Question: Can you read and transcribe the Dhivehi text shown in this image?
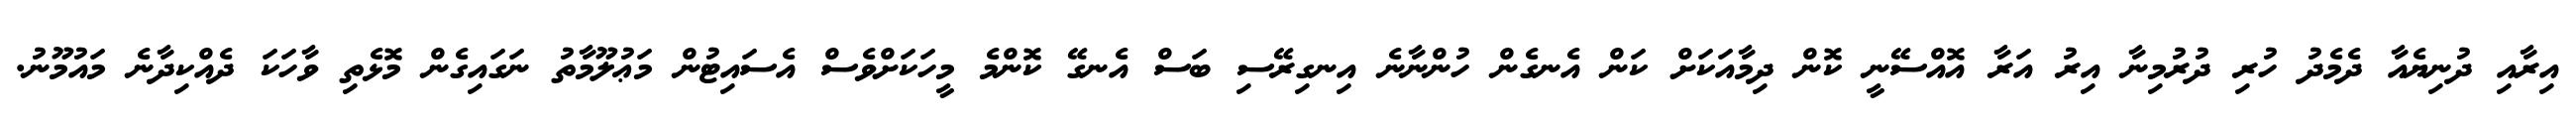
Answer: އިރާއި ދުނިޔެއާ ދެމެދު ހުރި ދުރުމިނާ އިރު އަރާ އޮއްސޭނީ ކޮން ދިމާއަކަށް ކަން އެނގެން ހުންނާނެ އިނގިރޭސި ބަސް އެނގޭ ކޮންމެ މީހަކަށްވެސް އެސައިޓުން މަޢުލޫމާތު ނަގައިގެން މޮޅެތި ވާހަކަ ދެއްކިދާނެ މައުމޫނު.